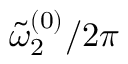
{ \tilde { \omega } _ { 2 } } ^ { ( 0 ) } / 2 \pi